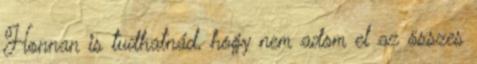
Honnan is tudhatnád, hogy nem adom el az összes